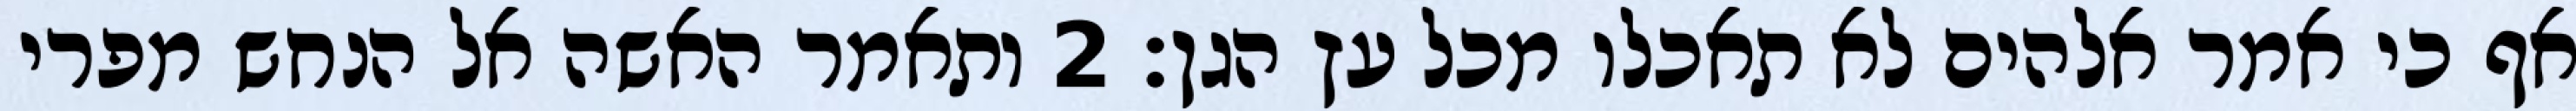
אף כי אמר אלהים לא תאכלו מכל עץ הגן׃ ‎2‏ ותאמר האשה אל הנחש מפרי